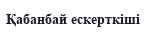
Қабанбай ескерткіші